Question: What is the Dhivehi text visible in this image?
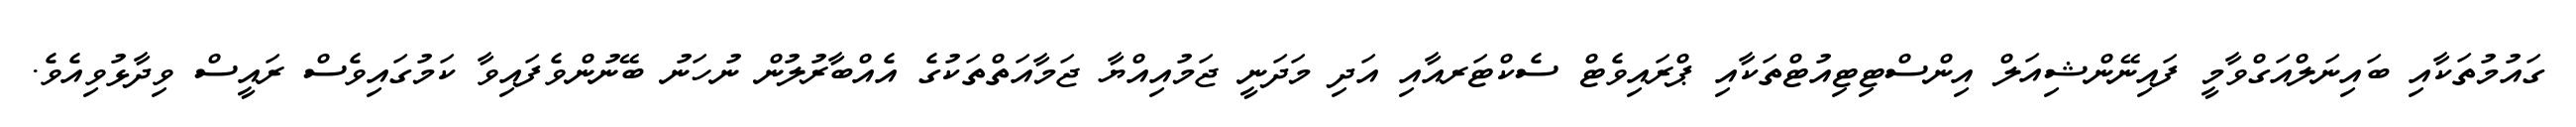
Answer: ގައުމުތަކާއި ބައިނަލްއަގްވާމީ ފައިނޭންޝިއަލް އިންސްޓިޓިއުޓްތަކާއި ޕްރައިވެޓް ސެކްޓަރއާއި އަދި މަދަނީ ޖަމުއިއްޔާ ޖަމާއަތްތަކުގެ އެއްބާރުލުން ނުހަނު ބޭނުންވެފައިވާ ކަމުގައިވެސް ރައީސް ވިދާޅުވިއެވެ.